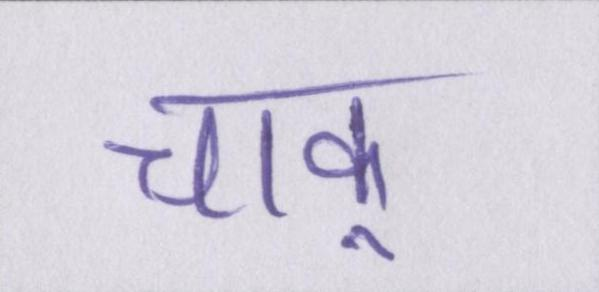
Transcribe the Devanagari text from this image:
चाकू